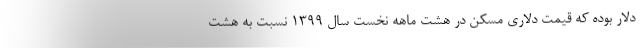
دلار بوده که قیمت دلاری مسکن در هشت ماهه نخست سال ۱۳۹۹ نسبت به هشت